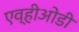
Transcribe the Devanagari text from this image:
एव्हीओडी